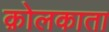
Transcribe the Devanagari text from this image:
क़ोलकाता